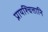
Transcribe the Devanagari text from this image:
प्रायश्चित्तानि